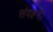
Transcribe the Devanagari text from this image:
संवहन।